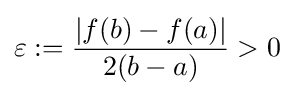
\varepsilon :={\frac {|f(b)-f(a)|}{2(b-a)}}>0